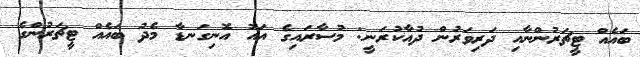
ބައެއް ޓީޗަރުންނާއި ދަރިވަރުން ދުއާކުރަނީ: މުސާރައިގެ އައު އޮނިގަނޑާ މެދު ބައެއް ޓީޗަރުންގެ